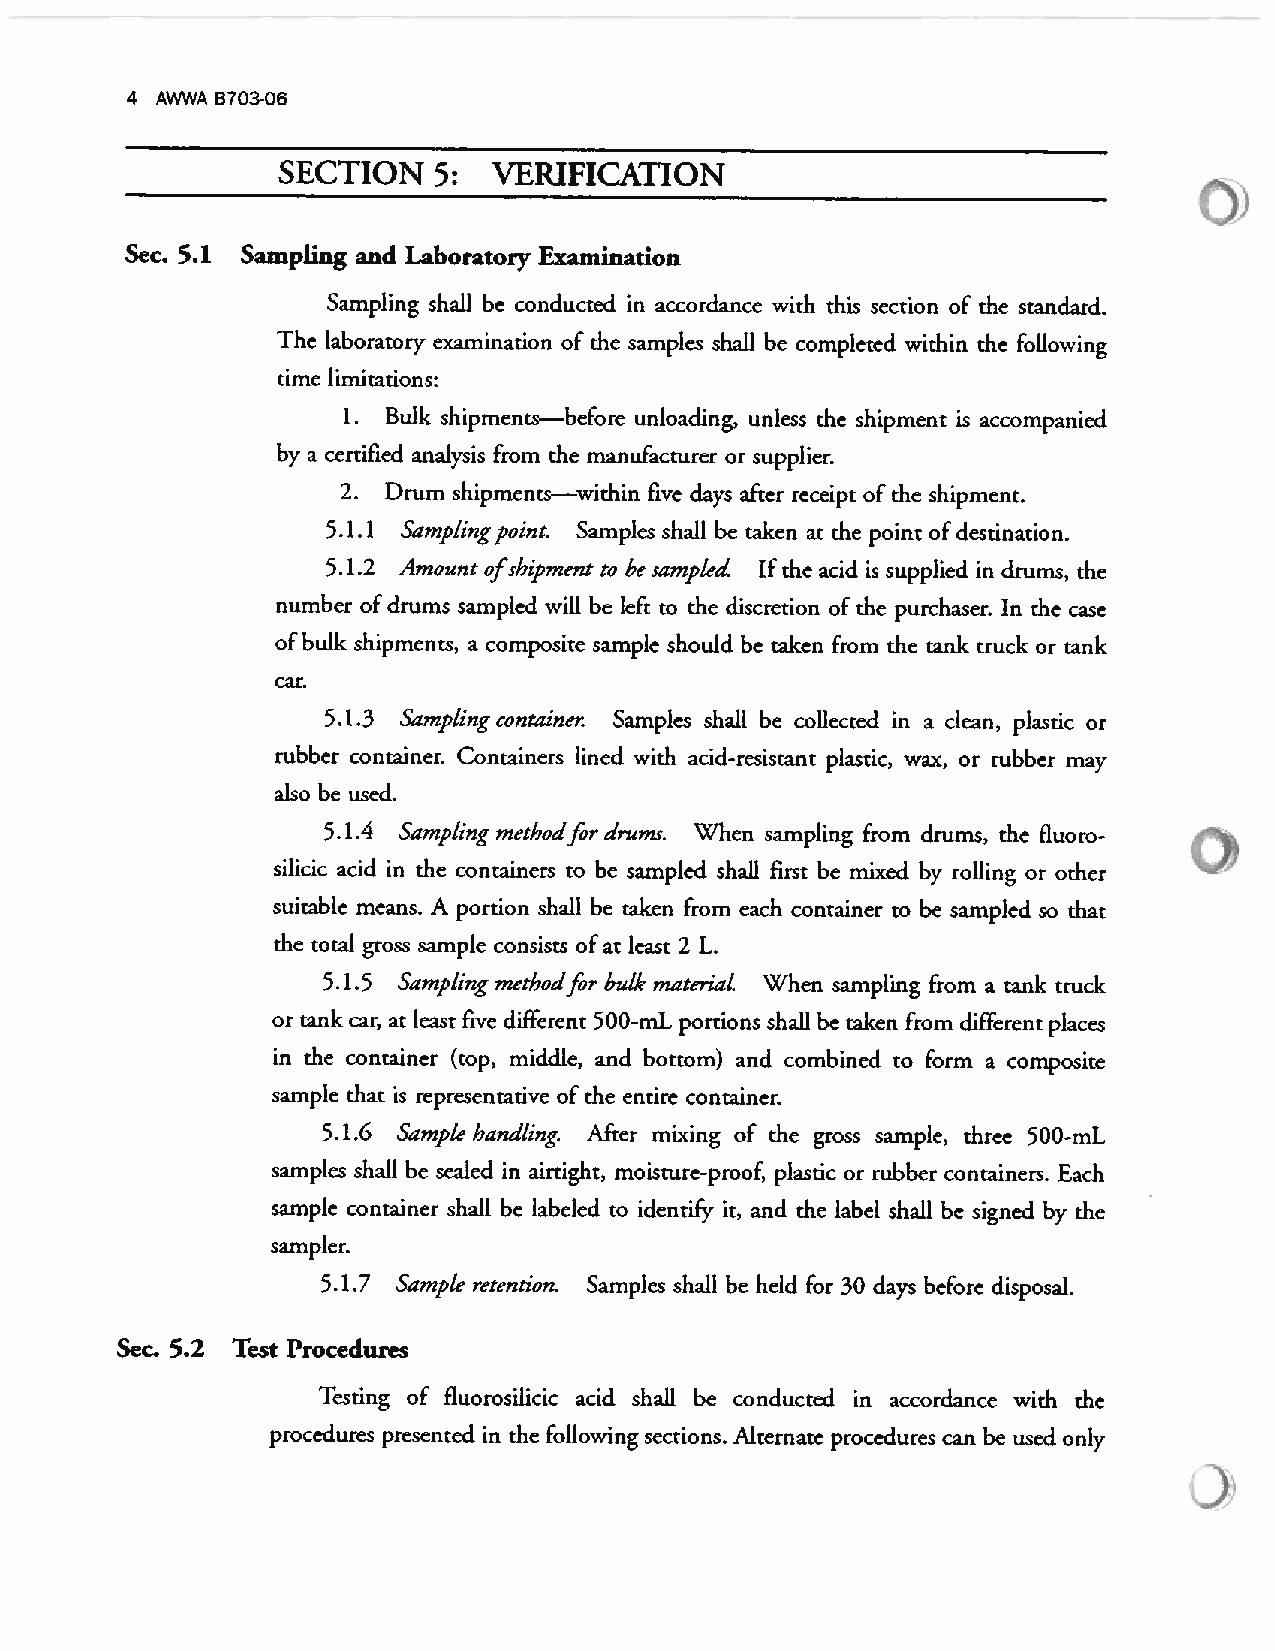
4 AWWA B703-06
 SECTION   5:  VERIFICATION
 Sec. 5.1 Sampling and Laboratory Examination
 Sampling shall be conducted in accordance with this section of the standard.
 The laboratory examination of the samples shall be completed within the following
 time limitations:
 1. Bulk shipments—before unloading, unless the shipment is accompanied
 by a certified analysis from the manufacturer or supplier.
 2. Drum shipments—within five days after receipt of the shipment.
 5.1.1 Samplingpoint. Samples shall be taken at the point ofdestination.
 5.1.2 Amount ofshzpment to be sampled. Ifthe acid is supplied in drums, the
 number ofdrums sampled will be left to the discretion of the purchaser. In the case
 ofbulk shipments, a composite sample should be taken from the tank truck or tank
 car.
 5.1.3 Sampling container. Samples shall be collected in a clean, plastic or
 rubber container. Containers lined with acid-resistant plastic, wax, or rubber may
 also be used.
 5.1.4 Sampling methodfor drums. When sampling from drums, the fluoro
 silicic acid in the containers to be sampled shall first be mixed by rolling or other
 suitable means. A portion shall be taken from each container to be sampled so that
 the total gross sample consists ofat least 2 L.
 5.1.5 Sampling methodfor bulk materiaL When sampling from a tank truck
 or tank car, at least five different 500-mL portions shall be taken from different places
 in the container (top, middle, and bottom) and combined to form a composite
 sample that is representative of the enrire container.
 5.1.6 Sample handling. After mixing of the gross sample, three 500-mL
 samples shall be sealed in airtight, moisture-proof, plastic or rubber containers. Each
 sample container shall be labeled to identifr it, and the label shall be signed by the
 sampler.
 5.1.7 Sample retention. Samples shall be held for 30 days before disposal.
 Sec. 5.2 Test Procedures
 Testing of fluorosilicic acid shall be conducted in accordance with the
 procedures presented in the following sections. Alternate procedures can be used only
 3)